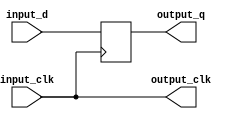
/*

Copyright (c) 2016-2018 Alex Forencich

Permission is hereby granted, free of charge, to any person obtaining a copy
of this software and associated documentation files (the "Software"), to deal
in the Software without restriction, including without limitation the rights
to use, copy, modify, merge, publish, distribute, sublicense, and/or sell
copies of the Software, and to permit persons to whom the Software is
furnished to do so, subject to the following conditions:

The above copyright notice and this permission notice shall be included in
all copies or substantial portions of the Software.

THE SOFTWARE IS PROVIDED "AS IS", WITHOUT WARRANTY OF ANY KIND, EXPRESS OR
IMPLIED, INCLUDING BUT NOT LIMITED TO THE WARRANTIES OF MERCHANTABILITY
FITNESS FOR A PARTICULAR PURPOSE AND NONINFRINGEMENT. IN NO EVENT SHALL THE
AUTHORS OR COPYRIGHT HOLDERS BE LIABLE FOR ANY CLAIM, DAMAGES OR OTHER
LIABILITY, WHETHER IN AN ACTION OF CONTRACT, TORT OR OTHERWISE, ARISING FROM,
OUT OF OR IN CONNECTION WITH THE SOFTWARE OR THE USE OR OTHER DEALINGS IN
THE SOFTWARE.

*/

// Language: Verilog 2001

`resetall
`timescale 1ns / 1ps
`default_nettype none

/*
 * Generic source synchronous SDR input
 */
module ssio_sdr_in #
(
    // target ("SIM", "GENERIC", "XILINX", "ALTERA")
    parameter TARGET = "GENERIC",
    // Clock input style ("BUFG", "BUFR", "BUFIO", "BUFIO2")
    // Use BUFR for Virtex-5, Virtex-6, 7-series
    // Use BUFG for Ultrascale
    // Use BUFIO2 for Spartan-6
    parameter CLOCK_INPUT_STYLE = "BUFIO2",
    // Width of register in bits
    parameter WIDTH = 1
)
(
    input  wire             input_clk,

    input  wire [WIDTH-1:0] input_d,

    output wire             output_clk,

    output wire [WIDTH-1:0] output_q
);

wire clk_int;
wire clk_io;

generate

if (TARGET == "XILINX") begin

    // use Xilinx clocking primitives

    if (CLOCK_INPUT_STYLE == "BUFG") begin

        // buffer RX clock
        BUFG
        clk_bufg (
            .I(input_clk),
            .O(clk_int)
        );

        // pass through RX clock to logic and input buffers
        assign clk_io = clk_int;
        assign output_clk = clk_int;

    end else if (CLOCK_INPUT_STYLE == "BUFR") begin

        assign clk_int = input_clk;

        // pass through RX clock to input buffers
        BUFIO
        clk_bufio (
            .I(clk_int),
            .O(clk_io)
        );

        // pass through RX clock to logic
        BUFR #(
            .BUFR_DIVIDE("BYPASS")
        )
        clk_bufr (
            .I(clk_int),
            .O(output_clk),
            .CE(1'b1),
            .CLR(1'b0)
        );
        
    end else if (CLOCK_INPUT_STYLE == "BUFIO") begin

        assign clk_int = input_clk;

        // pass through RX clock to input buffers
        BUFIO
        clk_bufio (
            .I(clk_int),
            .O(clk_io)
        );

        // pass through RX clock to MAC
        BUFG
        clk_bufg (
            .I(clk_int),
            .O(output_clk)
        );

    end else if (CLOCK_INPUT_STYLE == "BUFIO2") begin

        // pass through RX clock to input buffers
        BUFIO2 #(
            .DIVIDE(1),
            .DIVIDE_BYPASS("TRUE"),
            .I_INVERT("FALSE"),
            .USE_DOUBLER("FALSE")
        )
        clk_bufio (
            .I(input_clk),
            .DIVCLK(clk_int),
            .IOCLK(clk_io),
            .SERDESSTROBE()
        );

        // pass through RX clock to MAC
        BUFG
        clk_bufg (
            .I(clk_int),
            .O(output_clk)
        );

    end

end else begin

    // pass through RX clock to input buffers
    assign clk_io = input_clk;

    // pass through RX clock to logic
    assign clk_int = input_clk;
    assign output_clk = clk_int;

end

endgenerate

(* IOB = "TRUE" *)
reg [WIDTH-1:0] output_q_reg = {WIDTH{1'b0}};

assign output_q = output_q_reg;

always @(posedge clk_io) begin
    output_q_reg <= input_d;
end

endmodule

`resetall